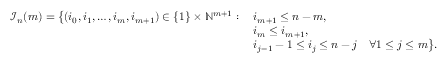
\begin{array} { r l } { \mathcal { I } _ { n } ( m ) = \big \{ ( i _ { 0 } , i _ { 1 } , \dots , i _ { m } , i _ { m + 1 } ) \in \{ 1 \} \times \mathbb { N } ^ { m + 1 } : \; } & { i _ { m + 1 } \leq n - m , } \\ & { i _ { m } \leq i _ { m + 1 } , } \\ & { i _ { j - 1 } - 1 \leq i _ { j } \leq n - j \quad \forall 1 \leq j \leq m \big \} . } \end{array}